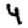
Digit: 4